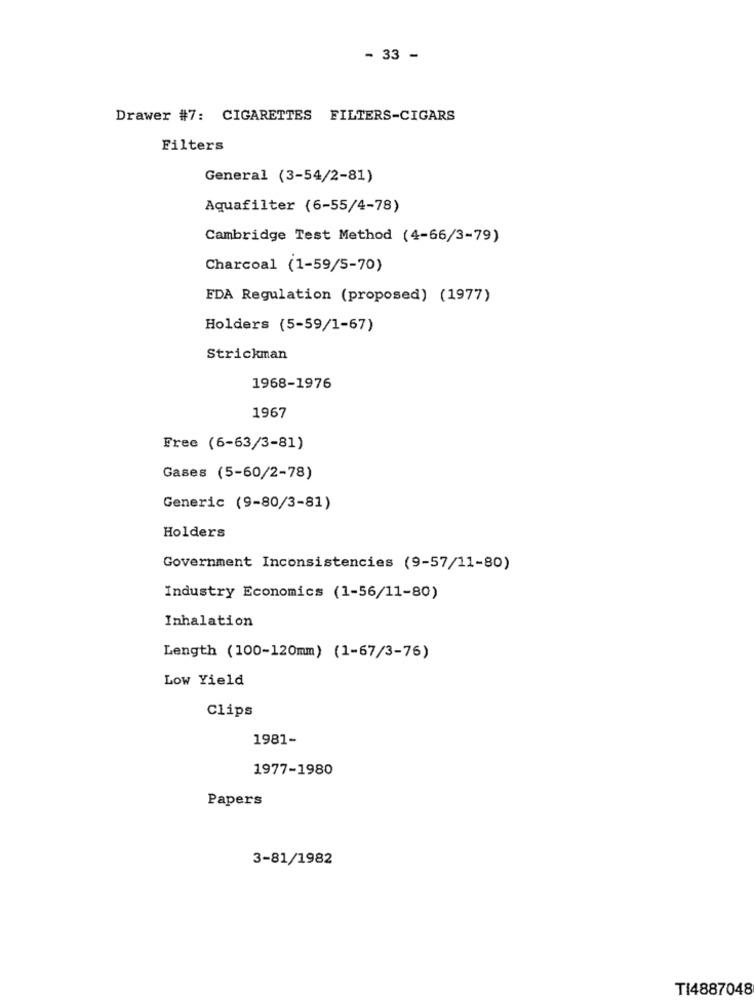
- 33 -
Drawer #7: CIGARETTES FILTERS-CIGARS
Filters
General (3-54/2-81)
Aquafilter (6-55/4-78)
Cambridge Test Method (4-66/3-79)
Charcoal (1-59/5-70)
EDA Regulation (proposed) (1977)
Holders (5-59/1-67)
Strickman
1968-1976
1967
Free (6-63/3-81)
Gases (5-60/2-78)
Generic (9-80/3-81)
Holders
Government Inconsistencies (9-57/11-80)
Industry Economics (1-56/11-80)
Inhalation
Length (100-120mm) (1-67/3-76)
Low Yield
Clips
1981-
1977-1980
Papers
3-81/1982
TI4887048